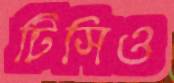
টিসিও